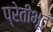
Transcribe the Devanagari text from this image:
प्रेतीभूतं